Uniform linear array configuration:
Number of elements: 48
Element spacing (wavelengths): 0.75
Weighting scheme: exponential
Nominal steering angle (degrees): -30
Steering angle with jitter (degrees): -28.553
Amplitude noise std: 0.05
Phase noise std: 0.05

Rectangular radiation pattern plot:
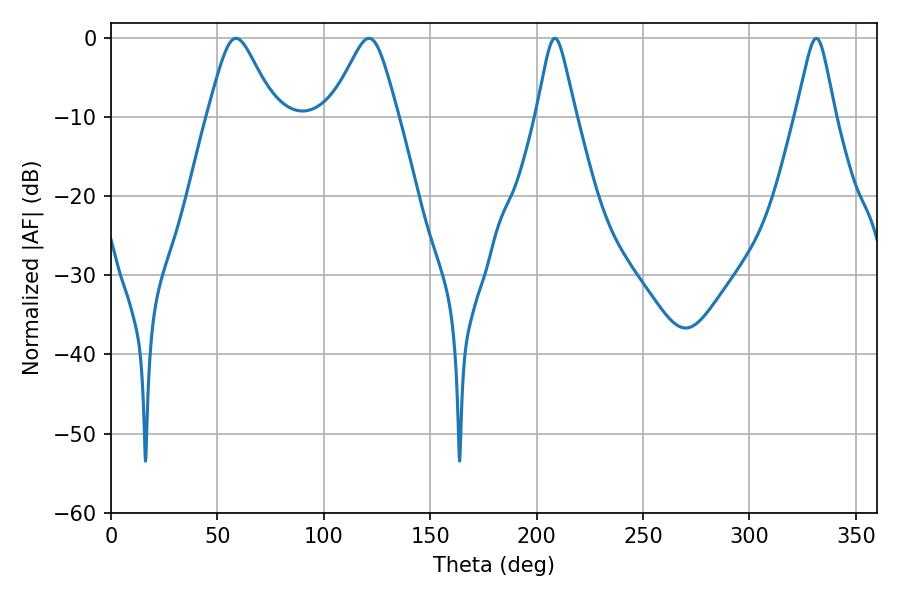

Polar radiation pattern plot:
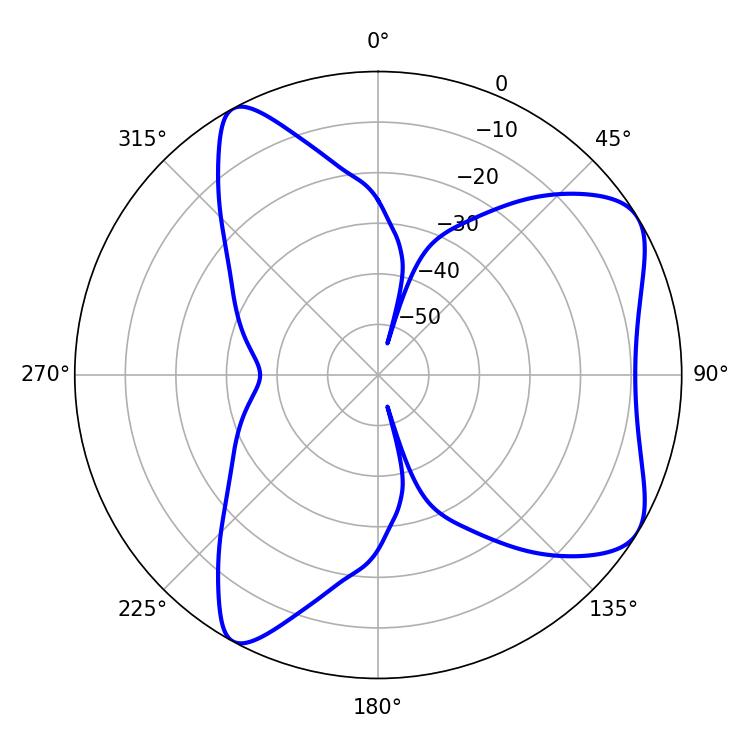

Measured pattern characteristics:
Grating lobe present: TRUE
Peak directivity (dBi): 6.911
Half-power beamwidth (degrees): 8.82
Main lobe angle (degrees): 208.62